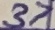
Text: 37